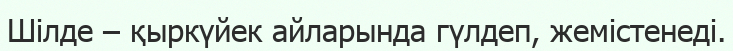
Шілде – қыркүйек айларында гүлдеп, жемістенеді.